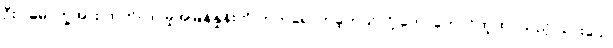
ဦးပါမောက္ခအား ထုတ်လုပ်မှုအမြန်နှုန်းကို တက်ရောက်ခဲ့တယ်လို့ တောတောင်ထူထပ်သည့် သားသေ